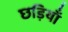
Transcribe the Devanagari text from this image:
छड़ियाँ